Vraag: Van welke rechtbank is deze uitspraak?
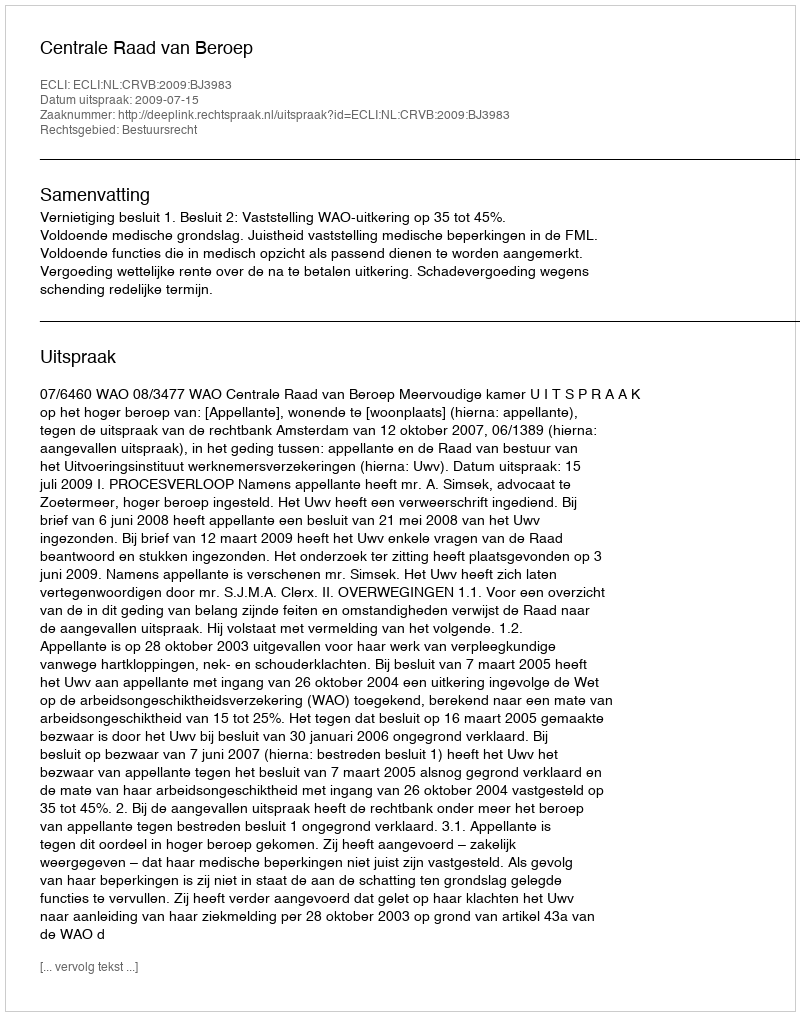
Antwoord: Centrale Raad van Beroep